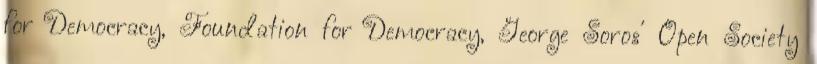
for Democracy, Foundation for Democracy, George Soros' Open Society